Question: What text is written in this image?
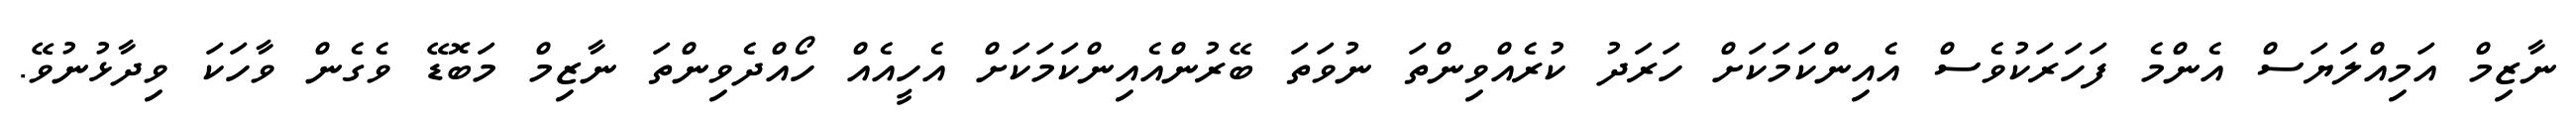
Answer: ނާޒިމް އަމިއްލަޔަސް އެންމެ ފަހަރަކުވެސް އެއިންކަމަކަށް ހަރަދު ކުރެއްވިންތަ ނުވަތަ ބޭރުންއެއިންކަމަކަށް އެހީއެއް ހޯއްދެވިންތަ ނާޒިމް މަބޮޑޭ ވެގެން ވާހަކަ ވިދާޅުނުވޭ.